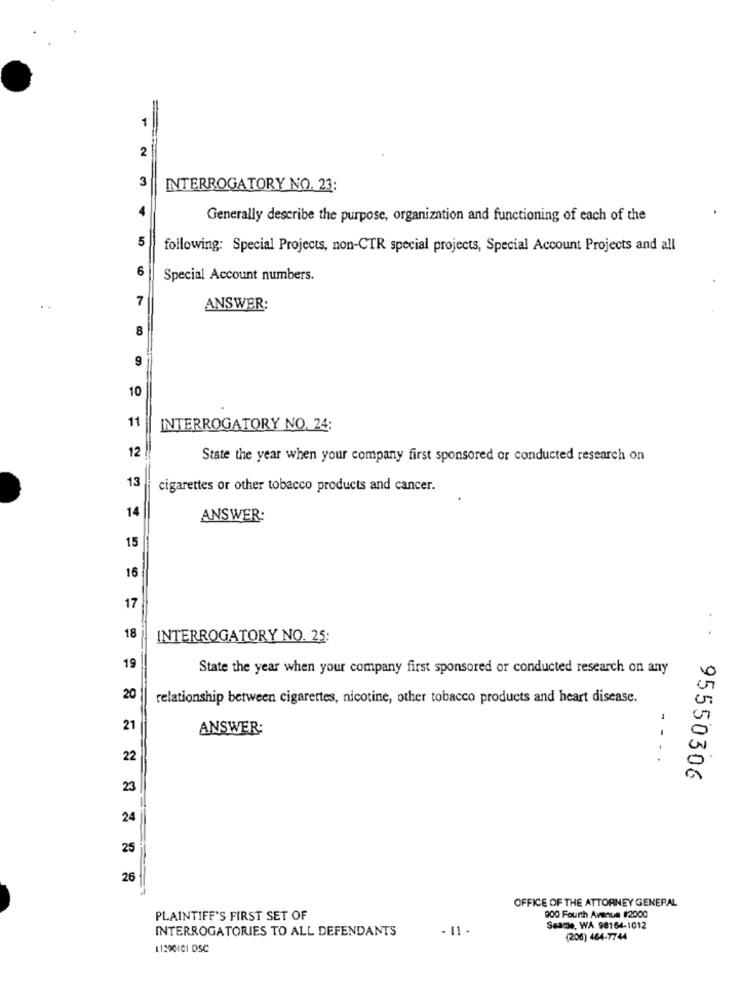
1
=
2
3
INTERROGATORY NO. 23:
Generally describe the purpose, organization and functioning of each of the
5
following: Special Projects, non-CTR special projects, Special Account Projects and all
6
Special Account numbers.
7
..
ANSWER:
8
9
10
11
INTERROGATORY NO. 24:
12
State the year when your company first sponsored or conducted research on
13
cigarettes or other tobacco products and cancer.
14
ANSWER:
15
16
17
18
INTERROGATORY NO. 25:
. .
19
State the year when your company first sponsored or conducted research on any
20
relationship between cigarettes, nicotine, other tobacco products and heart disease.
21
ANSWER:
- -
22
95550306
23
24
25
26
OFFICE OF THE ATTORNEY GENERAL
PLAINTIFF'S FIRST SET OF
200 Fourth Avenue #2000
INTERROGATORIES TO ALL DEFENDANTS
Seare, WA 98164-1012
(206) 464-7744
11390ICI DSC